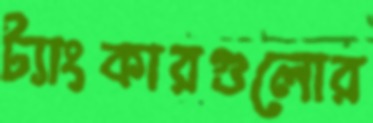
ট্যাংকারগুলোর